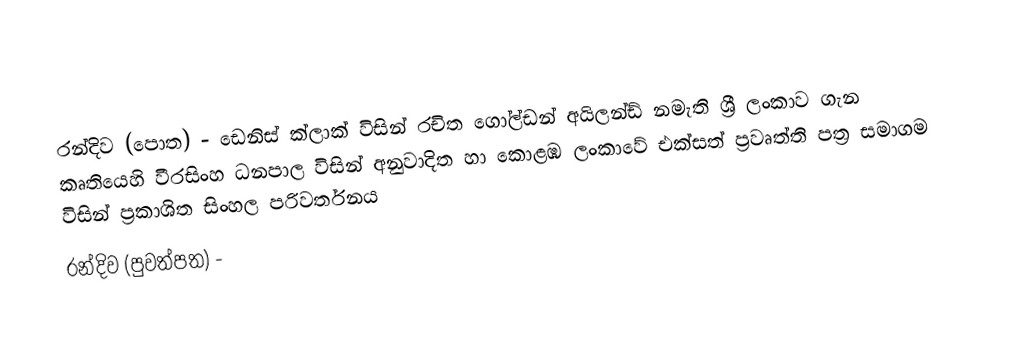
රන්දිව (පොත) - ඩෙනිස් ක්ලාක් විසින් රචිත  ගෝල්ඩන් අයිලන්ඩ් නමැති ශ්‍රී ලංකාව ගැන කෘතියෙහි වීරසිංහ ධනපාල විසින් අනුවාදිත හා කොළඹ ලංකාවේ එක්සත් ප්‍රවෘත්ති පත්‍ර සමාගම විසින් ප්‍රකාශිත සිංහල පරිවර්තනය
 රන්දිව (පුවත්පත) -